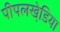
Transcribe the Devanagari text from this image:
पीपलखेडि़या